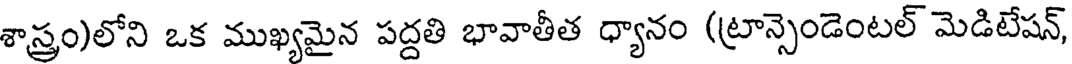
శాస్త్రం)లోని ఒక ముఖ్యమైన పద్దతి భావాతీత ధ్యానం (ట్రాన్సెండెంటల్ మెడిటేషన్,